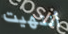
أنتهيت